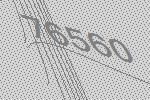
76560